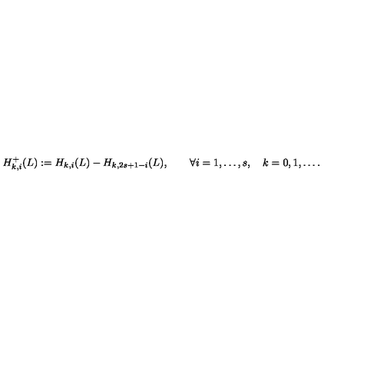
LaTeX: H _ { k , i } ^ { + } ( L ) : = H _ { k , i } ( L ) - H _ { k , 2 s + 1 - i } ( L ) , \qquad \forall i = 1 , \ldots , s , \quad k = 0 , 1 , \ldots .